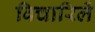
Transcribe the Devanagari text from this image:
विचारिलें